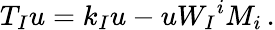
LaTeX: T_{I}u=k_{I}u-uW_{I}{}^{i}M_{i}\, .